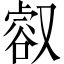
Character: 㕡